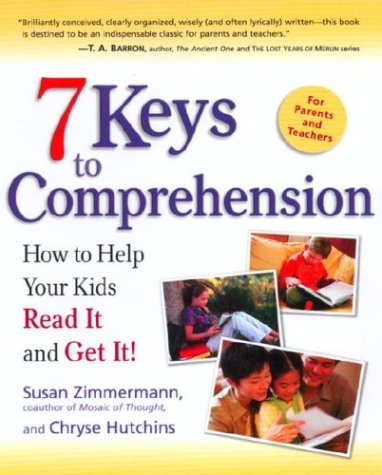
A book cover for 7 Keys to Comprehension: How to Help Your Kids Read It and Get It!; Susan Zimmermann; Reference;